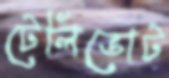
টেলিভোট